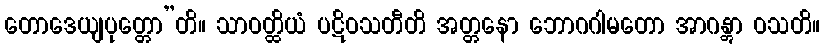
တောဒေယျပုတ္တော”တိ။ သာဝတ္ထိယံ ပဋိဝသတီတိ အတ္တနော ဘောဂဂါမတော အာဂန္တွာ ဝသတိ။